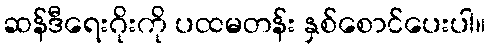
ဆန်ဒီရေးဂိုးကို ပထမတန်း နှစ်စောင်ပေးပါ။